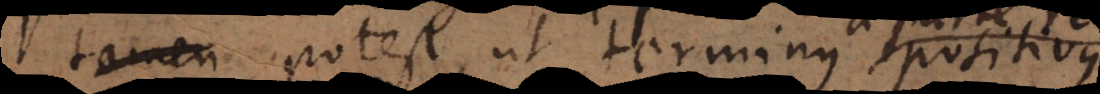
am positivor ut terminus positivus